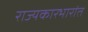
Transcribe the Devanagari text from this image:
राज्यकारभारांत